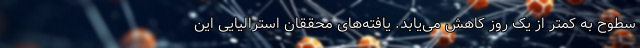
سطوح به کمتر از یک روز کاهش می‌یابد. یافته‌های محققان استرالیایی این